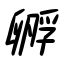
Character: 孵